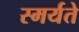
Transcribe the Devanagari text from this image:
स्मर्यते